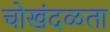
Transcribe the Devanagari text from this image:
चोखंदळता